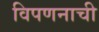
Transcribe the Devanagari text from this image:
विपणनाची